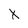
Character: X